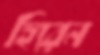
হিরেন